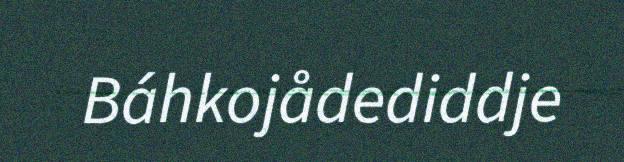
Báhkojådediddje